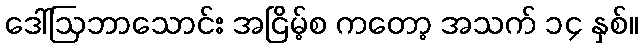
ဒေါ်ဩဘာသောင်း အငြိမ့်စ ကတော့ အသက် ၁၄ နှစ်။